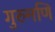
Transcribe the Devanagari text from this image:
गुरुमणि